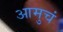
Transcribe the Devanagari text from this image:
आमुचं